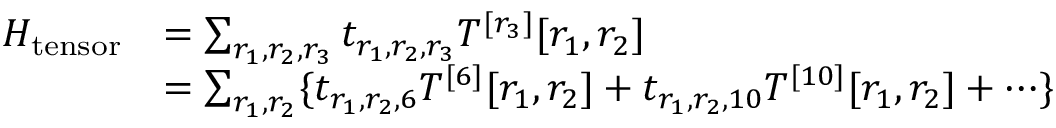
\begin{array} { r l } { H _ { \mathrm { t e n s o r } } } & { = \sum _ { r _ { 1 } , r _ { 2 } , r _ { 3 } } t _ { r _ { 1 } , r _ { 2 } , r _ { 3 } } T ^ { [ r _ { 3 } ] } [ r _ { 1 } , r _ { 2 } ] } \\ & { = \sum _ { r _ { 1 } , r _ { 2 } } \{ t _ { r _ { 1 } , r _ { 2 } , 6 } T ^ { [ 6 ] } [ r _ { 1 } , r _ { 2 } ] + t _ { r _ { 1 } , r _ { 2 } , 1 0 } T ^ { [ 1 0 ] } [ r _ { 1 } , r _ { 2 } ] + \cdots \} } \end{array}